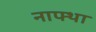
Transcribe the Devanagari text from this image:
नाफ्था